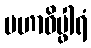
မဟာဝိပ္ဖါရံ